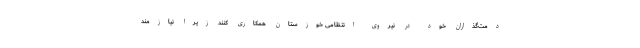
دمت‌گذاران خود در نیروی انتظامی خوزستان همکاری کنند زیرا نیازمند